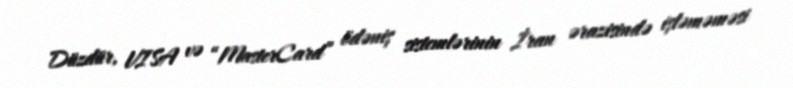
Düzdür, VISA və “MasterCard” ödəniş sistemlərinin İran ərazisində işləməməsi